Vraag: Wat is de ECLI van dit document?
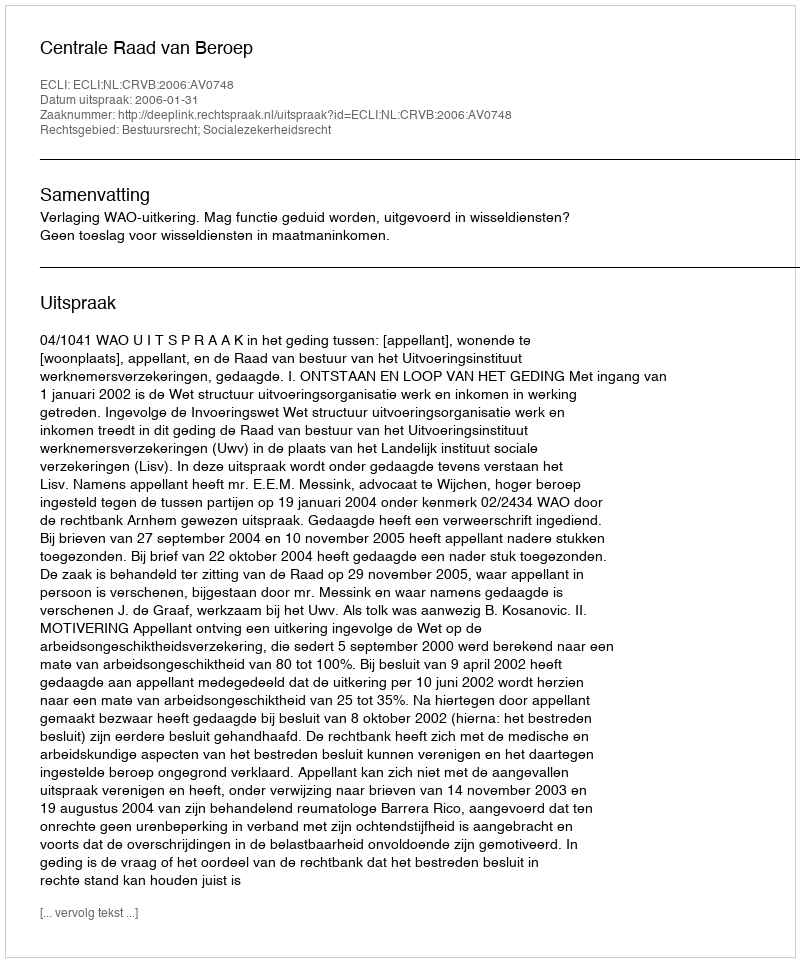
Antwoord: ECLI:NL:CRVB:2006:AV0748